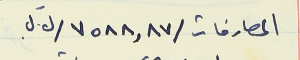
المصارفات /٧٥٨٨,٨٧/ل ل.